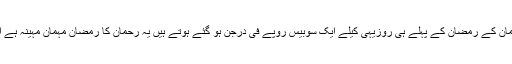
رحمان کے رمضان سے پہلے کیلے ساٹھ روپے فی درجن ہوتے ہیں لیکن رحمان کے رمضان کے پہلے ہی روزیہی کیلے ایک سوبیس روپے فی درجن ہو گئے ہوتے ہیں یہ رحمان کا رمضان مہمان مہینہ ہے اوراس میں بھی ہم ذخیرہ اندوزی اوربجلی چوری کرنے سے بھی بازنہیں آتے۔